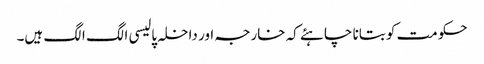
حکومت کو بتانا چاہئے کہ خارجہ اور داخلہ پالیسی الگ الگ ہیں۔